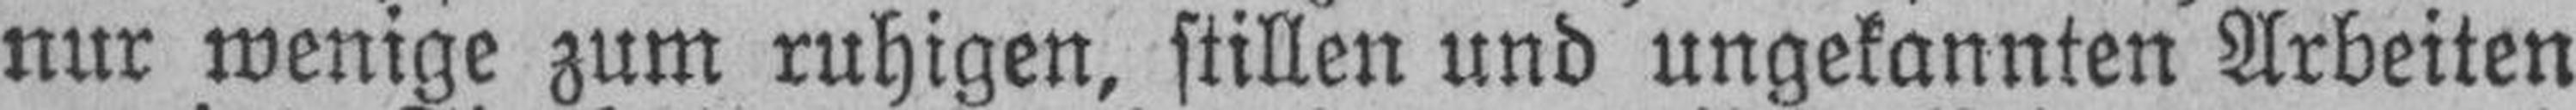
nur wenige zum ruhigen, stillen und ungekannten Arbeiten